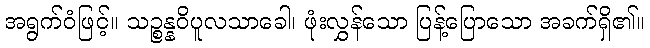
အရွက်ဝံဖြင့်။ သဉ္စန္နဝိပူလသာခေါ၊ ဖုံးလွှန်သော ပြန့်ပြောသော အခက်ရှိ၏။